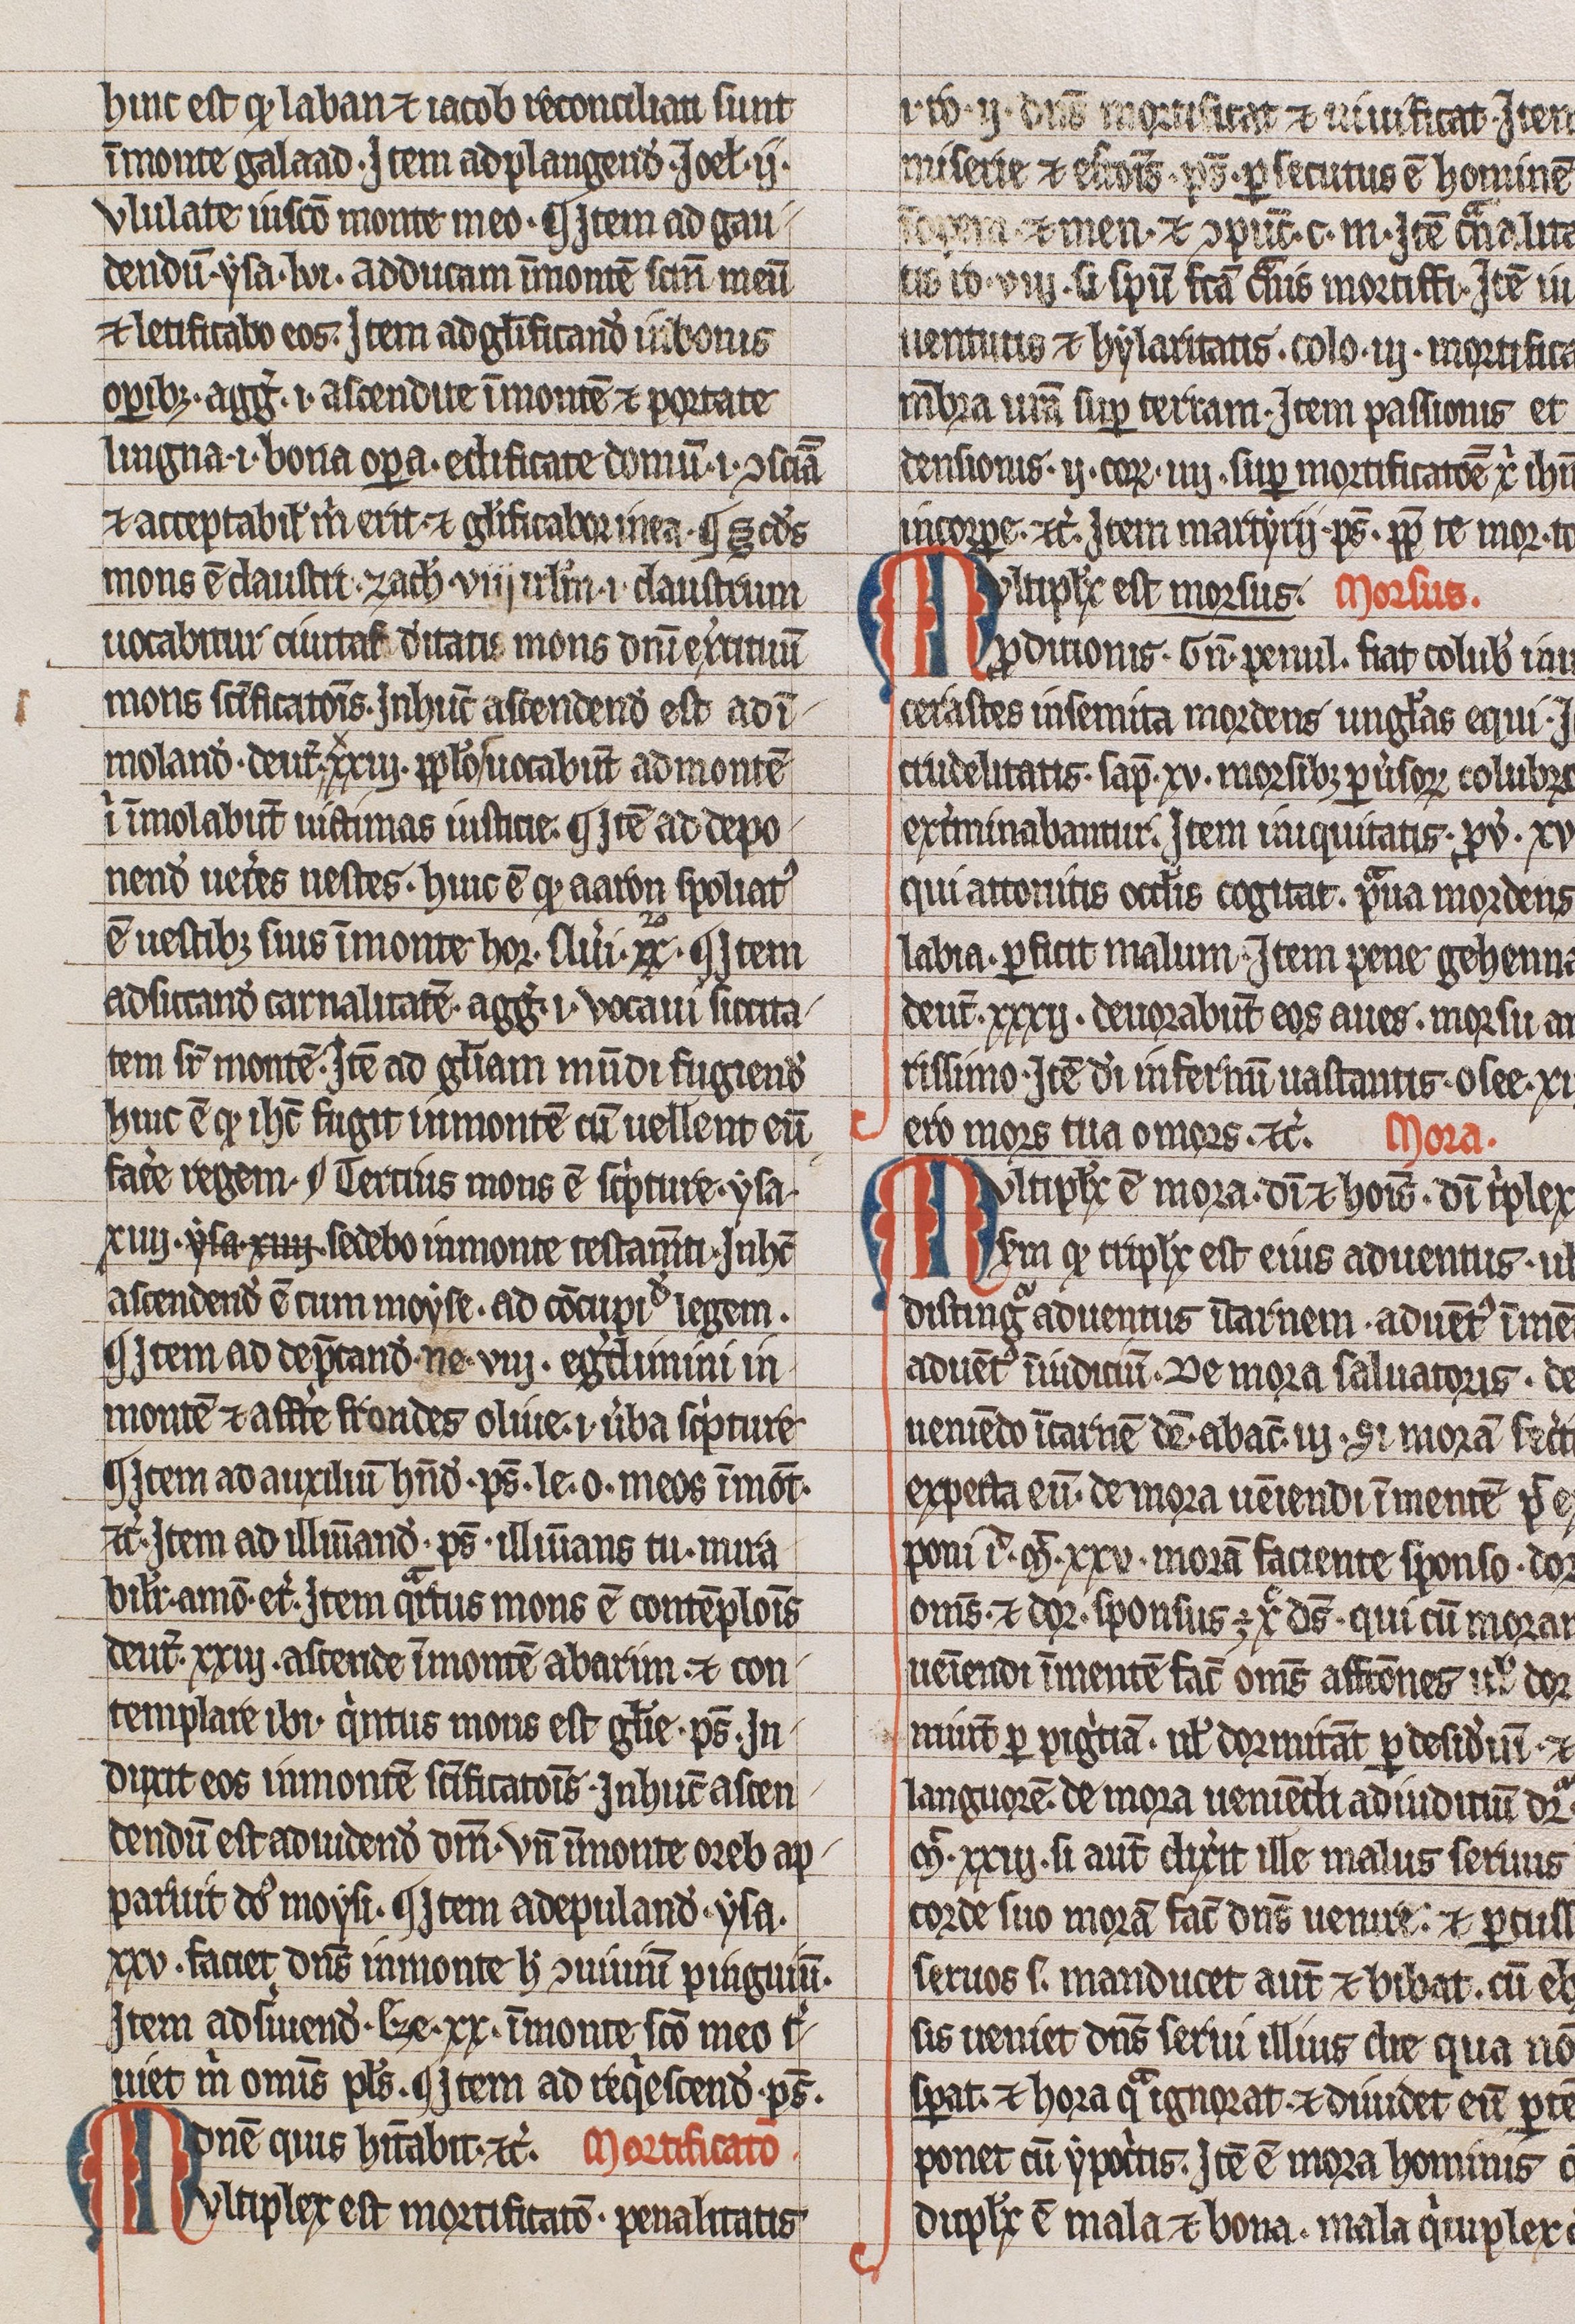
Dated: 1300–1399